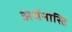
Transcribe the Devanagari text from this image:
अर्धनास्ति